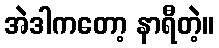
အဲဒါကတော့ နာရီတဲ့။